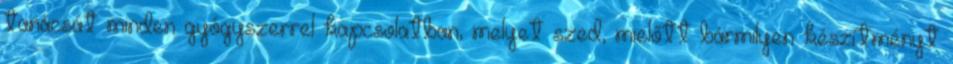
tanácsát minden gyógyszerrel kapcsolatban, melyet szed, mielőtt bármilyen készítményt